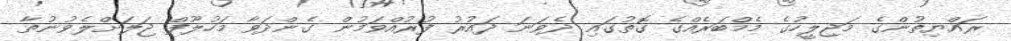
ރައްޔިތުންގެ މަޖިލީހުގެ މެމްބަރެއްގެ ގޮތުގައި ދެވަނަ ދައުރު ފުރުއްވަމުން ގެންދަވާ މަހުލޫފް ޖަލަށްލެވުނުތާ